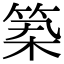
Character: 𥭰